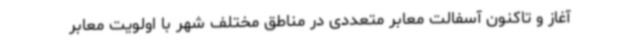
آغاز و تاکنون آسفالت معابر متعددی در مناطق مختلف شهر با اولویت معابر